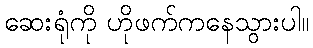
ဆေးရုံကို ဟိုဖက်ကနေသွားပါ။